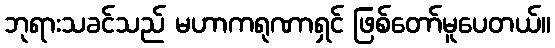
ဘုရားသခင်သည် မဟာကရုဏာရှင် ဖြစ်တော်မူပေတယ်။